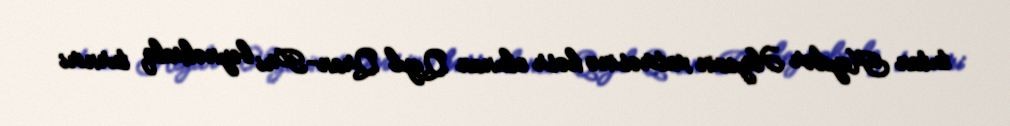
tutan Heydər Əliyevin xatirəsinə həsr olunan Qızıl Qran-Pri beynəlxalq turniri